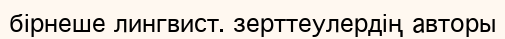
бірнеше лингвист. зерттеулердің авторы